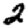
Digit: 2